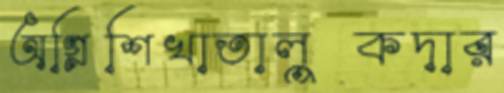
অগ্নিশিখাতালুকদার